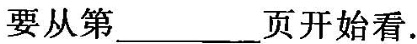
要从第___页开始看.